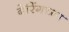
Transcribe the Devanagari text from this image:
बेरिंगच्या